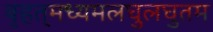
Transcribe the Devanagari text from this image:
बृहत्‌मध्यमलघुलघुतम